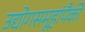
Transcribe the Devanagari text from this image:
उद्योगसमूहांपैकी